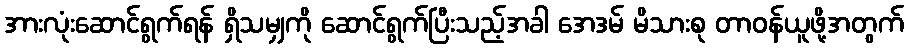
အားလုံးဆောင်ရွက်ရန် ရှိသမျှကို ဆောင်ရွက်ပြီးသည့်အခါ အေဒမ် မိသားစု တာဝန်ယူဖို့အတွက်